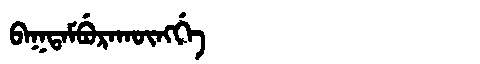
Manchu: ᠪᠠᡴᡨᠠᠮᠪᡠᡵᠠᡴᡡᠩᡤᡝ
Romanization: BAKTAMBURAKŪNGGE